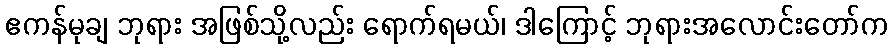
ဧကန်မုချ ဘုရား အဖြစ်သို့လည်း ရောက်ရမယ်၊ ဒါကြောင့် ဘုရားအလောင်းတော်က